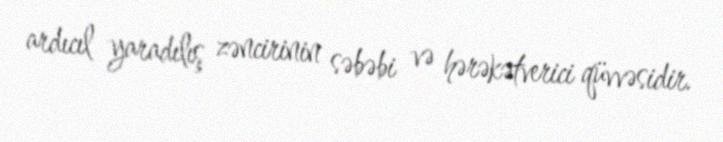
ardıcıl yaradılış zəncirinin səbəbi və hərəkətverici qüvvəsidir.